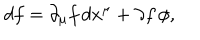
LaTeX: d f = \partial _ { \mu } f \, d x ^ { \mu } + \partial f \, \phi ,